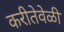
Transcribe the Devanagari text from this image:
करीतेवेळी